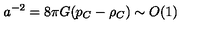
a ^ { - 2 } = 8 \pi G ( p _ { C } - \rho _ { C } ) \sim O ( 1 )